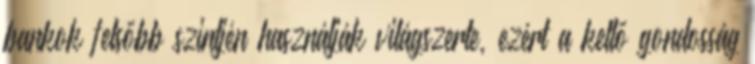
bankok felsőbb szintjén használják világszerte, ezért a kellő gondosság